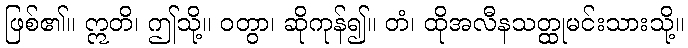
ဖြစ်၏။ ဣတိ၊ ဤသို့။ ဝတွာ၊ ဆိုကုန်၍။ တံ၊ ထိုအလီနသတ္ထုမင်းသားသို့။